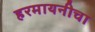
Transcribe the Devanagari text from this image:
हरमायनीचा